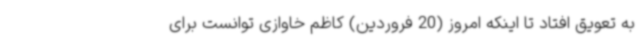
به تعویق افتاد تا اینکه امروز (20 فروردین) کاظم خاوازی توانست برای